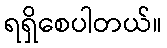
ရရှိစေပါတယ်။